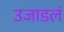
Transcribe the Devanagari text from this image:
उजाडलं